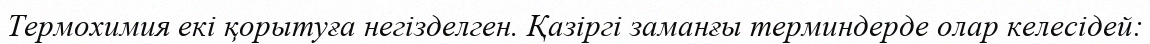
Термохимия екі қорытуға негізделген. Қазіргі заманғы терминдерде олар келесідей: